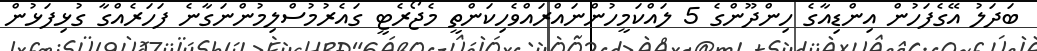
ބަދަލު އޭގެފަހުން އިންޑިއާގެ ހިންދޫންގެ 5 ލައްކަމީހުންނައްރައްވެހިކަންތީ މެޖޯރެޓީ ގައެރުމުސްލިމުންނަގާނެ ފަހަރެއްގާ ގުޅިފަޅުން